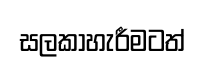
සලකාහැරීමටත්